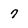
Character: 7